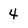
Character: 4